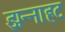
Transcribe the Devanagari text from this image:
झन्नाहट